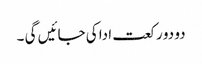
دو دو رکعت ادا کی جائیں گی ۔